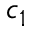
c _ { 1 }